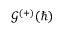
\mathcal { G } ^ { ( + ) } ( \hbar )